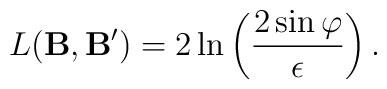
L({\bf B},{\bf B'}) = 2 \ln\left(2\sin\varphi \over \epsilon \right).